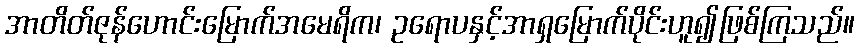
အာတိတ်ဇုန်ဟောင်းမြောက်အမေရိက၊ ဥရောပနှင့်အာရှမြောက်ပိုင်းဟူ၍ဖြစ်ကြသည်။